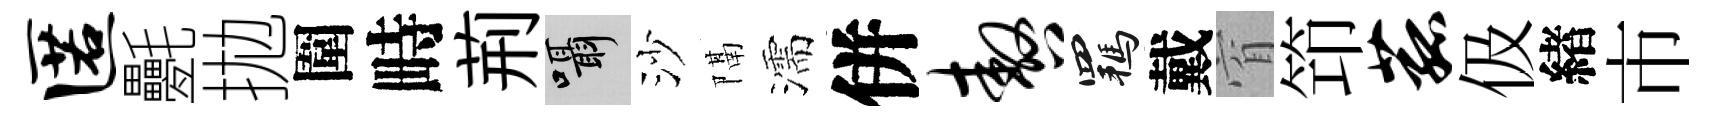
匿氎拋圍畤荊囁沙隔濡併嗷羈戴窅笻菰伋緖市